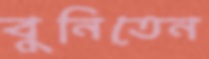
বুনিতেন